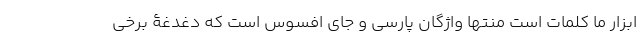
ابزار ما کلمات است منتها واژگان پارسی و جای افسوس است که دغدغۀ برخی